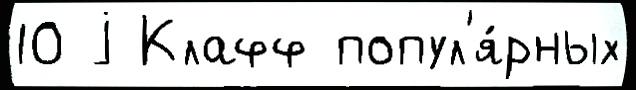
10 j Клафф попул'я́рных